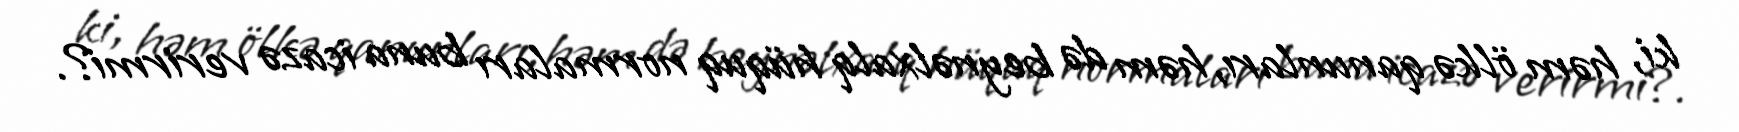
ki, həm ölkə qanunları, həm də beynəlxalq hüquq normaları buna icazə verirmi?.